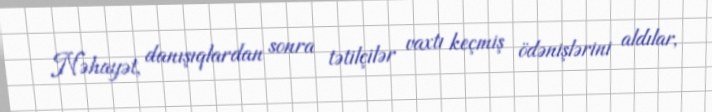
Nəhayət, danışıqlardan sonra tətilçilər vaxtı keçmiş ödənişlərini aldılar,